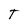
Character: T